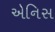
એનિસ